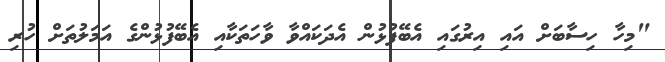
"މިހާ ހިސާބަށް އައި އިރުގައި އެބޭފުޅުން އެދަކައްވާ ވާހަތަކާއި އެބޭފުޅުންގެ އަމަލުތަށް ހުރި